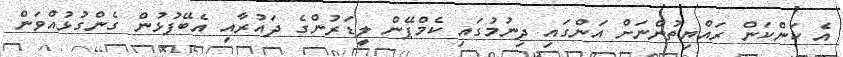
އެ ކަންކަން ރައްޔިތުންނަށް އަންގައި ދިނުމުގައި ކެމްޕޭން ލީޑަރުންގެ ދައުރާއި އެބޭފުޅުން ގެންގުޅުއްވަން